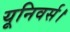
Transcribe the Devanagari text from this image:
यूनिवर्स।